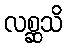
လစ္ဆသိ